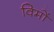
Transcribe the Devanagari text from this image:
विमों